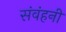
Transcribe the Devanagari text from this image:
संवंहनी